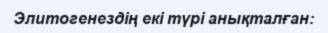
Элитогенездің екі түрі анықталған: